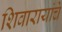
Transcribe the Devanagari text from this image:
शिवारायांचे